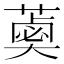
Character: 𦼣